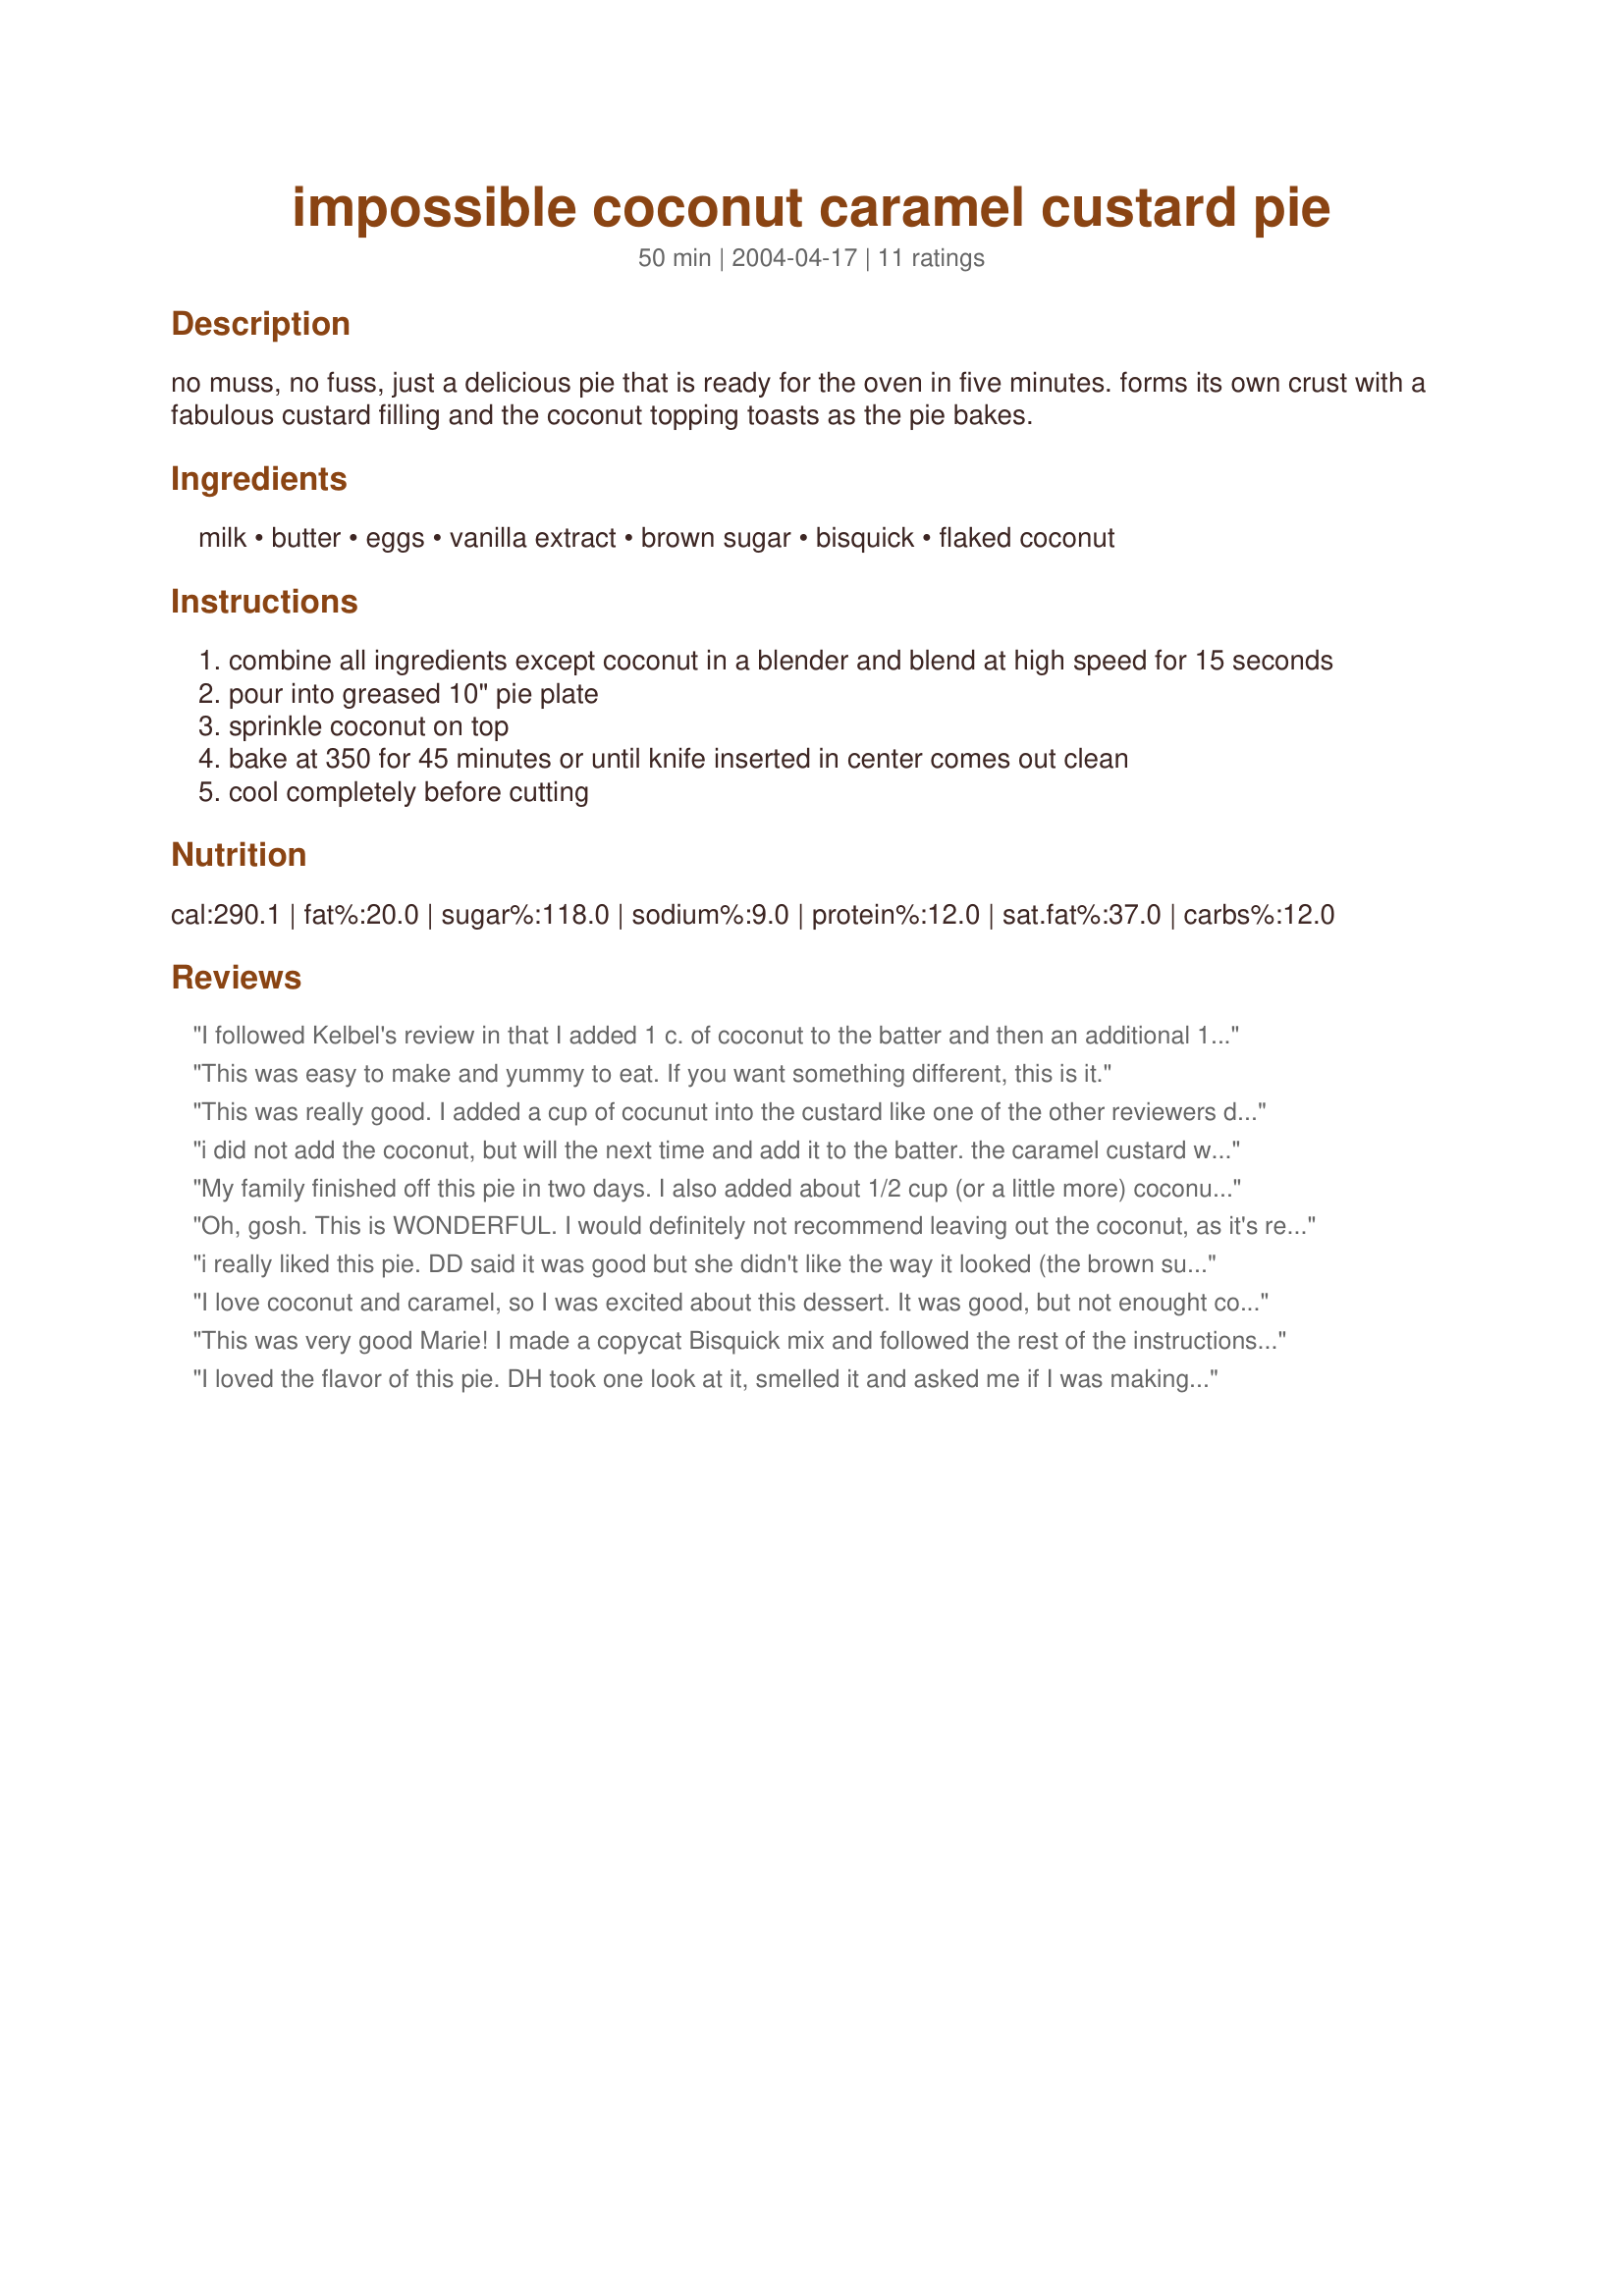
impossible coconut caramel custard pie
Preparation time: 50 minutes

no muss, no fuss, just a delicious pie that is ready for the oven in five minutes. forms its own crust with a fabulous custard filling and the coconut topping toasts as the pie bakes.

Ingredients:
milk, butter, eggs, vanilla extract, brown sugar, bisquick, flaked coconut

Steps:
combine all ingredients except coconut in a blender and blend at high speed for 15 seconds
pour into greased 10" pie plate
sprinkle coconut on top
bake at 350 for 45 minutes or until knife inserted in center comes out clean
cool completely before cutting

Reviews:
I followed Kelbel's review in that I added 1 c. of coconut to the batter and then an additional 1/2 c. of coconut on the top. In addition, I added 1 tsp. of coconut extract (yes, I REALLY like coconut). This was so simple to throw together and the creamy custardy and extreme coconutty nature of the pie was great. It was delicious both warm and cold. Thanks for a nice recipe.
This was easy to make and yummy to eat. If you want something different, this is it.
This was really good. I added a cup of cocunut into the custard like one of the other reviewers did, and it was perfect. I will definitely make this again.
i did not add the coconut, but will the next time and add it to the batter. the caramel custard was delicious, but it did need the coconut in the batter for added flavor and texture. i will re-review it.
My family finished off this pie in two days. I also added about 1/2 cup (or a little more) coconut to the batter and as if it weren't sweet enough, I served it topped with Cool Whip. This recipe is definitely a keeper!
Oh, gosh. This is WONDERFUL. I would definitely not recommend leaving out the coconut, as it's really what makes this dessert. I used some sweetened, shredded and toasted fresh coconut for the topping and mixed about a half of a cup of sweetened shredded store-bought coconut into the batter. Honestly, this is way too easy and way too scrumptious NOT to make again. Thanks so much!
i really liked this pie. DD said it was good but she didn't like the way it looked (the brown sugar).Didn't stop her from having seconds.
I love coconut and caramel, so I was excited about this dessert. It was good, but not enought coconut. Coconut is in the title, but then it is optional in the recipe. I doubled the coconut, but would have like to have it go throughout the pie, so when I make it again, I will mix the coconut in instead of just sprinkling it on top.
This was very good Marie! I made a copycat Bisquick mix and followed the rest of the instructions. Very simple to put together and all of us loved it. Thanks for a keeper! :) Happy 50 years btw! to you both (you and your DH) Congratulations! Take care. :D Fay
I loved the flavor of this pie. DH took one look at it, smelled it and asked me if I was making dessert for me too. (like he wasn't going to share it) lol It's a good recipe. I love the crunch topping. Thanks for this different version of my of my already favorite pies.
the first time i made this, something seemed missing. the second time, i omitted the vanilla, and used 1 can of light coconut milk+ water+ 2/3 cup of powdered milk to equal the the two cups of whole milk. Gave it a great coconut flavor throughout, and it set up just fine.
